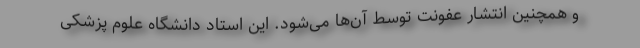
و همچنین انتشار عفونت توسط آن‌ها می‌شود. این استاد دانشگاه علوم پزشکی